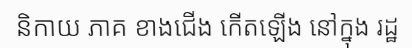
និកាយ ភាគ ខាងជើង កើតឡើង នៅក្នុង រដ្ឋ